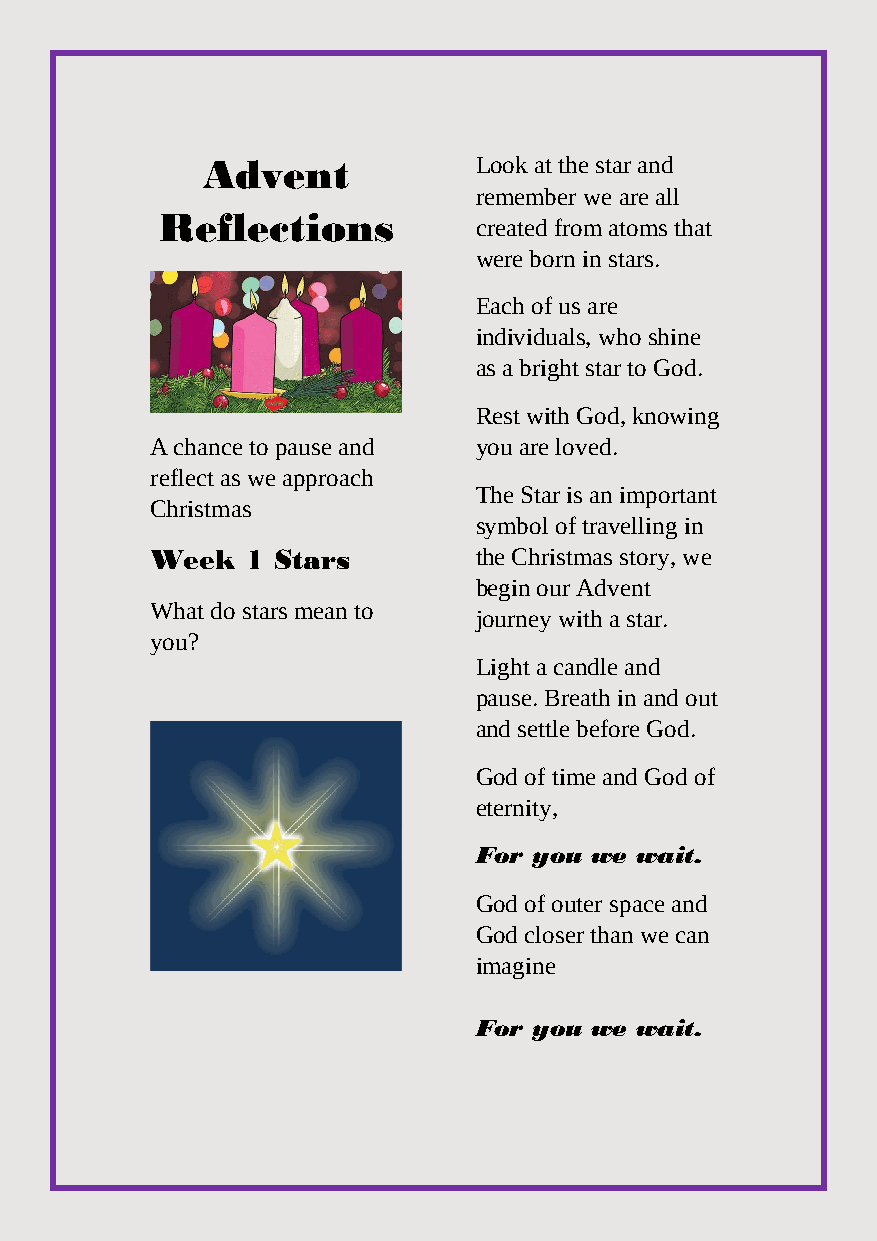
Advent            Look at the star and
 remember we are all
 Reflections          created from atoms that
 were born in stars.
 Each of us are
 individuals, who shine
 as a bright star to God.
 Rest with God, knowing
 A chance to pause and you are loved.
 reflect as we approach
 The Star is an important
 Christmas
 symbol of travelling in
 Week  1 Stars        the Christmas story, we
 begin our Advent
 What do stars mean to
 journey with a star.
 you?
 Light a candle and
 pause. Breath in and out
 and settle before God.
 God of time and God of
 eternity,
 For you we wait.
 God of outer space and
 God closer than we can
 imagine
 For you we wait.